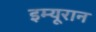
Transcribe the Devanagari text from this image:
इम्यूरान